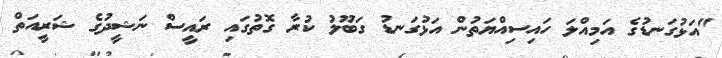
"އަޅުގަނޑުގެ އަމިއްލަ ހައިސިއްޔަތުން އަޅުގަނޑު ގަބޫލު ކުރާ ގޮތުގައި ރައީސް ނަޝީދުގެ ޝަރީއަތް